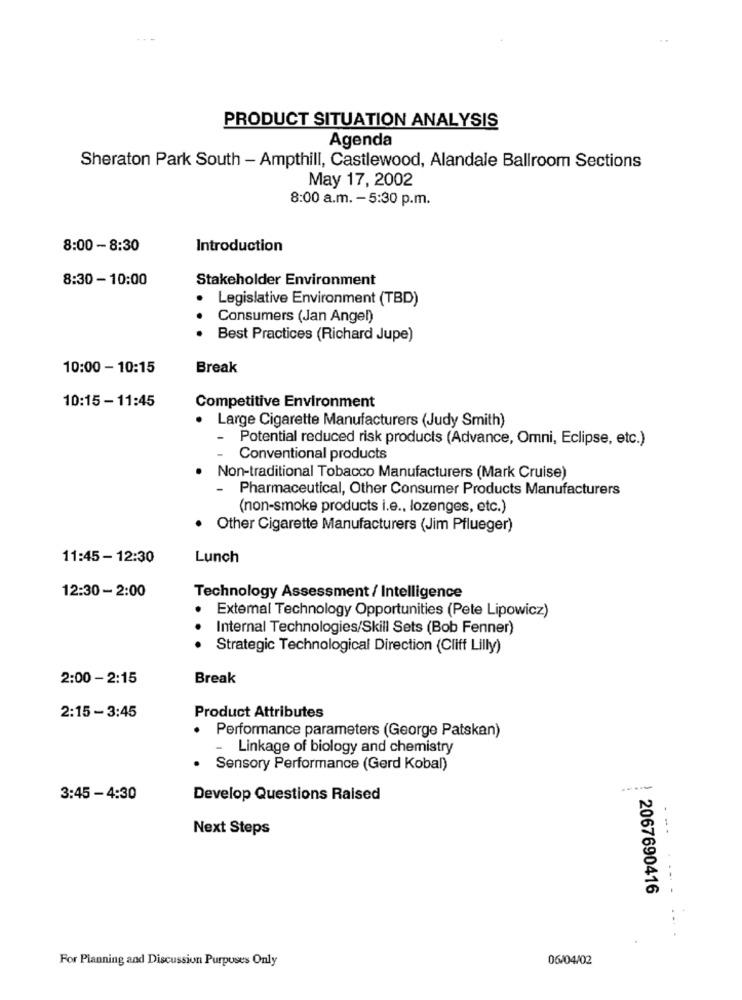
PRODUCT SITUATION ANALYSIS
Agenda
Sheraton Park South - Ampthill, Castlewood, Alandale Ballroom Sections
May 17, 2002
8:00 a.m. - 5:30 p.m.
8:00 - 8:30
Introduction
8:30 - 10:00
Stakeholder Environment
Legislative Environment (TBD)
Consumers (Jan Angel)
Best Practices (Richard Jupe)
10:00 - 10:15
Break
10:15 - 11:45
Competitive Environment
· Large Cigarette Manufacturers (Judy Smith)
- Potential reduced risk products (Advance, Omni, Eclipse, etc.)
Conventional products
Non-traditional Tobacco Manufacturers (Mark Cruise)
-
Pharmaceutical, Other Consumer Products Manufacturers
(non-smoke products i.e ., lozenges, etc.)
Other Cigarette Manufacturers (Jim Pflueger)
11:45 - 12:30
Lunch
12:30 - 2:00
Technology Assessment / Intelligence
.
Extemal Technology Opportunities (Pete Lipowicz)
Internal Technologies/Skill Sets (Bob Fenner)
Strategic Technological Direction (Cliff Lilly)
2:00 - 2:15
Break
2:15 - 3:45
Product Attributes
Performance parameters (George Patskan)
-
Linkage of biology and chemistry
Sensory Performance (Gerd Kobal)
.---
3:45 - 4:30
Develop Questions Raised
Next Steps
....
2067690416
For Planning and Discussion Purposes Only
06/04/02